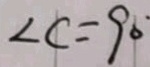
\angle C = 9 0 ^ { \circ }